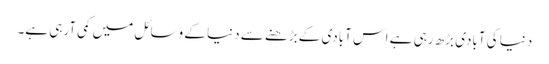
دنیا کی آبادی بڑھ رہی ہے اس آبادی کے بڑھنے سے دنیا کے وسائل میں کمی آرہی ہے۔